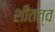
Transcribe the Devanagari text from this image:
शीतत्व